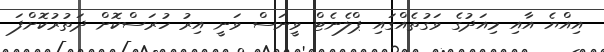
އިއްޔެ އާއި މިއަދުގެ ވަގުތެއްގައި ޕްލެނެޓް ވީނަސް ވަނީ އިރު ހުރަސްކޮށް ދަތުރުކޮށްފަ